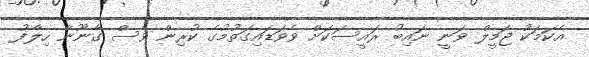
އެކަމަކު ޖަމީލް ވަނީ ނައިބު ރައީސަކަށް ވެވަޑައިގަތުމުގެ ކުރިން ވެސް ގާނޫނާ ހިލާފު